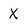
Character: X